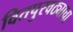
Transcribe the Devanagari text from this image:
वितपुरवठ्याचा